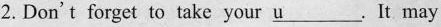
2. Don't forget to take your \underline{u}. It may